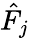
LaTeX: \hat{F}_{j}